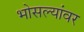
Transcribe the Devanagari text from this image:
भोसल्यांवर